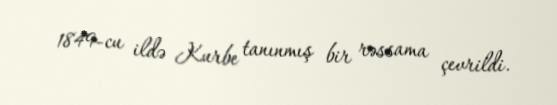
1849-cu ildə Kurbe tanınmış bir rəssama çevrildi.